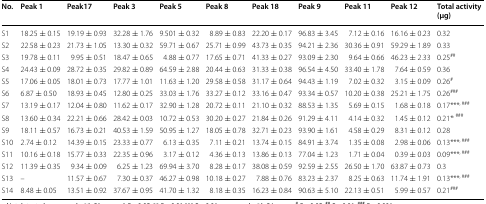
<table><thead><tr><td><b>No.</b></td><td><b>Peak 1</b></td><td><b>Peak17</b></td><td><b>Peak 3</b></td><td><b>Peak 5</b></td><td><b>Peak 8</b></td><td><b>Peak 18</b></td><td><b>Peak 9</b></td><td><b>Peak 11</b></td><td><b>Peak 12</b></td><td><b>Total activity (μg)</b></td></tr></thead><tbody><tr><td>S1</td><td>18.25 ± 0.15</td><td>19.19 ± 0.93</td><td>32.28 ± 1.76</td><td>9.501 ± 0.32</td><td>8.89 ± 0.83</td><td>22.20 ± 0.17</td><td>96.83 ± 3.45</td><td>7.12 ± 0.16</td><td>16.16 ± 0.23</td><td>0.32</td></tr><tr><td>S2</td><td>22.58 ± 0.23</td><td>21.73 ± 1.05</td><td>13.30 ± 0.32</td><td>59.71 ± 0.67</td><td>25.71 ± 0.99</td><td>43.73 ± 0.35</td><td>94.21 ± 2.36</td><td>30.36 ± 0.91</td><td>59.29 ± 1.89</td><td>0.33</td></tr><tr><td>S3</td><td>19.78 ± 0.11</td><td>9.95 ± 0.51</td><td>18.47 ± 0.65</td><td>4.88 ± 0.77</td><td>17.65 ± 0.71</td><td>41.33 ± 0.27</td><td>93.09 ± 2.30</td><td>9.64 ± 0.66</td><td>46.23 ± 2.33</td><td>0.25<sup>##</sup></td></tr><tr><td>S4</td><td>24.43 ± 0.09</td><td>28.72 ± 0.35</td><td>29.82 ± 0.89</td><td>64.59 ± 2.88</td><td>20.44 ± 0.63</td><td>31.33 ± 0.38</td><td>96.54 ± 4.50</td><td>33.40 ± 1.78</td><td>7.64 ± 0.59</td><td>0.36</td></tr><tr><td>S5</td><td>17.06 ± 0.05</td><td>18.01 ± 0.73</td><td>17.77 ± 1.01</td><td>11.63 ± 1.20</td><td>29.58 ± 0.58</td><td>31.17 ± 0.64</td><td>94.43 ± 1.19</td><td>7.02 ± 0.32</td><td>3.15 ± 0.09</td><td>0.26<sup>#</sup></td></tr><tr><td>S6</td><td>6.87 ± 0.50</td><td>18.93 ± 0.45</td><td>12.80 ± 0.25</td><td>33.03 ± 1.76</td><td>33.27 ± 0.12</td><td>33.16 ± 0.47</td><td>93.34 ± 0.57</td><td>10.20 ± 0.38</td><td>25.21 ± 1.75</td><td>0.26<sup>###</sup></td></tr><tr><td>S7</td><td>13.19 ± 0.17</td><td>12.04 ± 0.80</td><td>11.62 ± 0.17</td><td>32.90 ± 1.28</td><td>20.72 ± 0.11</td><td>21.10 ± 0.32</td><td>88.53 ± 1.35</td><td>5.69 ± 0.15</td><td>1.68 ± 0.18</td><td>0.17***<sup>, ###</sup></td></tr><tr><td>S8</td><td>13.60 ± 0.34</td><td>22.21 ± 0.66</td><td>28.42 ± 0.03</td><td>10.72 ± 0.53</td><td>30.20 ± 0.27</td><td>21.84 ± 0.26</td><td>91.29 ± 4.11</td><td>4.14 ± 0.32</td><td>1.45 ± 0.12</td><td>0.21*<sup>, ###</sup></td></tr><tr><td>S9</td><td>18.11 ± 0.57</td><td>16.73 ± 0.21</td><td>40.53 ± 1.59</td><td>50.95 ± 1.27</td><td>18.05 ± 0.78</td><td>32.71 ± 0.23</td><td>93.90 ± 1.61</td><td>4.58 ± 0.29</td><td>8.31 ± 0.12</td><td>0.28</td></tr><tr><td>S10</td><td>2.74 ± 0.12</td><td>14.39 ± 0.15</td><td>23.33 ± 0.77</td><td>6.13 ± 0.35</td><td>7.11 ± 0.21</td><td>13.74 ± 0.15</td><td>84.91 ± 3.74</td><td>1.35 ± 0.08</td><td>2.98 ± 0.06</td><td>0.13***<sup>, ###</sup></td></tr><tr><td>S11</td><td>10.16 ± 0.18</td><td>15.77 ± 0.33</td><td>22.35 ± 0.96</td><td>3.17 ± 0.12</td><td>4.36 ± 0.13</td><td>13.86 ± 0.13</td><td>77.04 ± 1.23</td><td>1.71 ± 0.04</td><td>0.39 ± 0.03</td><td>0.09***<sup>, ###</sup></td></tr><tr><td>S12</td><td>11.39 ± 0.35</td><td>9.34 ± 0.09</td><td>6.25 ± 1.23</td><td>69.94 ± 3.70</td><td>8.28 ± 0.17</td><td>38.08 ± 0.59</td><td>92.59 ± 2.55</td><td>26.50 ± 1.70</td><td>63.87 ± 0.73</td><td>0.3</td></tr><tr><td>S13</td><td>–</td><td>11.57 ± 0.67</td><td>7.30 ± 0.37</td><td>46.27 ± 0.98</td><td>10.18 ± 0.27</td><td>7.88 ± 0.76</td><td>83.23 ± 2.37</td><td>8.25 ± 0.63</td><td>11.74 ± 1.91</td><td>0.13***<sup>, ###</sup></td></tr><tr><td>S14</td><td>8.48 ± 0.05</td><td>13.51 ± 0.92</td><td>37.67 ± 0.95</td><td>41.70 ± 1.32</td><td>8.18 ± 0.35</td><td>16.23 ± 0.84</td><td>90.63 ± 5.10</td><td>22.13 ± 0.51</td><td>5.99 ± 0.57</td><td>0.21<sup>###</sup></td></tr></tbody></table>